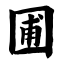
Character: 圃